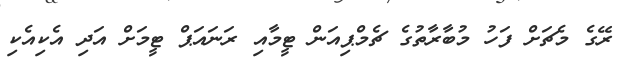
ރޭގެ މެޗަށް ފަހު މުބާރާތުގެ ޗެމްޕިއަން ޓީމާއި ރަނައަޕް ޓީމަށް އަދި އެކިއެކި